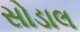
સોડાલ